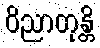
ဝိညာတုန္တိ